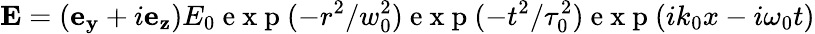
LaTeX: \mathbf{E}=(\mathbf{e_{y}}+i\mathbf{e_{z}})E_{0}\mathrm{~e~x~p~}(-r^{2}/w_{0}^{2})\mathrm{~e~x~p~}(-t^{2}/\tau_{0}^{2})\mathrm{~e~x~p~}(ik_{0}x-i\omega_{0}t)